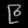
Digit: ၉